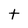
Character: t